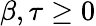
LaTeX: \beta,\tau\geq 0